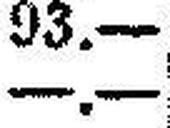
—.—